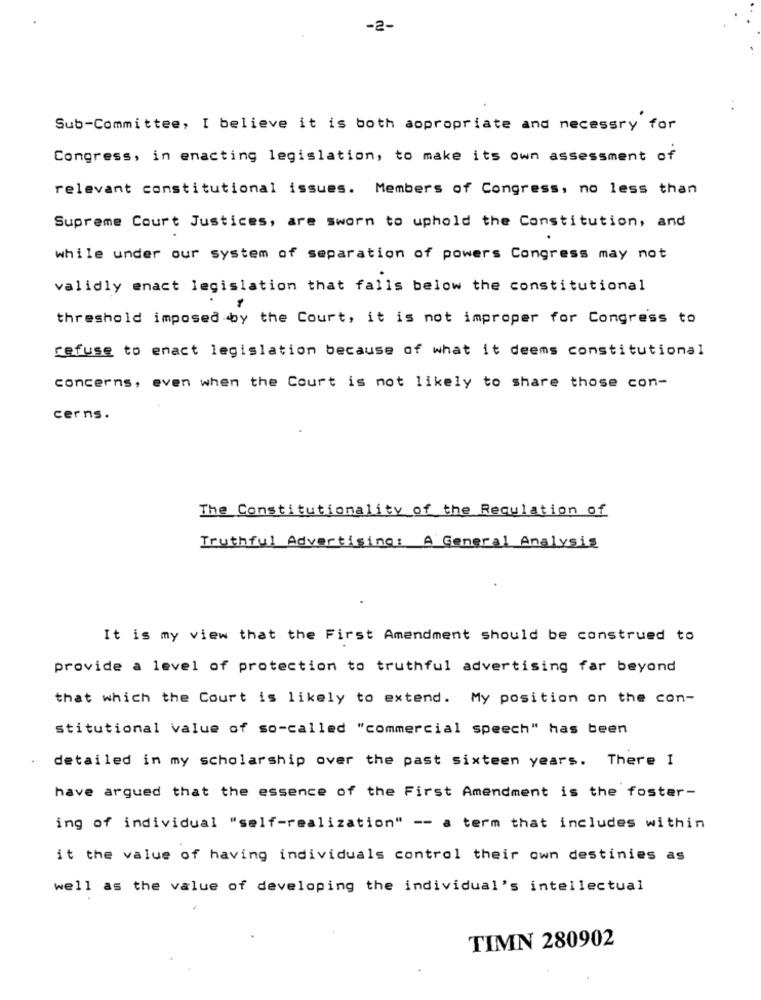
-2-
Sub-Committee, I believe it is both aopropriate and necessry for
Congress, in enacting legislation, to make its own assessment of
relevant constitutional issues. Members of Congress, no less than
Supreme Court Justices, are sworn to uphold the Constitution, and
while under our system of separation of powers Congress may not
validly enact legislation that falls below the constitutional
threshold imposed by the Court, it is not improper for Congress to
refuse to enact legislation because of what it deems constitutional
concerns, even when the Court is not likely to share those con-
cerns.
The Constitutionality of the Regulation of
Truthful Advertising: A General Analysis
It is my view that the First Amendment should be construed to
provide a level of protection to truthful advertising far beyond
that which the Court is likely to extend. My position on the con-
stitutional value of so-called "commercial speech" has been
detailed in my scholarship over the past sixteen years. There I
have argued that the essence of the First Amendment is the foster-
ing of individual "self-realization" -- a term that includes within
it the value of having individuals control their own destinies as
well as the value of developing the individual's intellectual
TIMN 280902